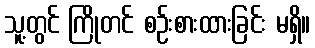
သူ့တွင် ကြိုတင် စဉ်းစားထားခြင်း မရှိ။